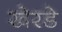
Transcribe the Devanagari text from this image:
खेरडे